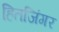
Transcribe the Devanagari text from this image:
हितजिंगर